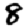
Digit: 8